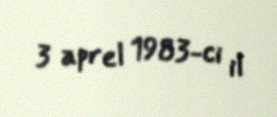
3 aprel 1983-ci il